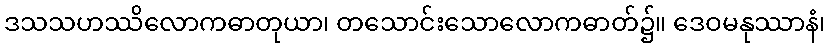
ဒသသဟဿိလောကဓာတုယာ၊ တသောင်းသောလောကဓာတ်၌။ ဒေဝမနုဿာနံ၊